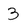
Character: 3